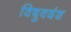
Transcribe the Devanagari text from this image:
विषुवदंश